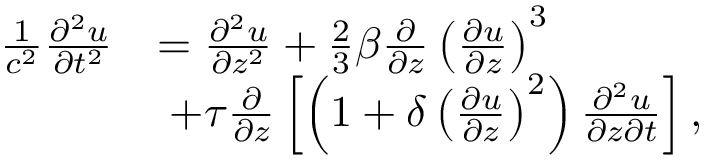
\begin{array} { r l } { \frac { 1 } { c ^ { 2 } } \frac { \partial ^ { 2 } u } { \partial t ^ { 2 } } } & { = \frac { \partial ^ { 2 } u } { \partial z ^ { 2 } } + \frac 2 3 \beta \frac { \partial } { \partial z } \left( \frac { \partial u } { \partial z } \right) ^ { 3 } } \\ & { \; + \tau \frac { \partial } { \partial z } \left[ \left( 1 + \delta \left( \frac { \partial u } { \partial z } \right) ^ { 2 } \right) \frac { \partial ^ { 2 } u } { \partial z \partial t } \right] , } \end{array}